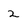
Character: 2